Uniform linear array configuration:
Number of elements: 24
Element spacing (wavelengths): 0.5
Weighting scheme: hamming
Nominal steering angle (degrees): -15
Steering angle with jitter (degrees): -14.687
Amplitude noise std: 0.05
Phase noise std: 0.05

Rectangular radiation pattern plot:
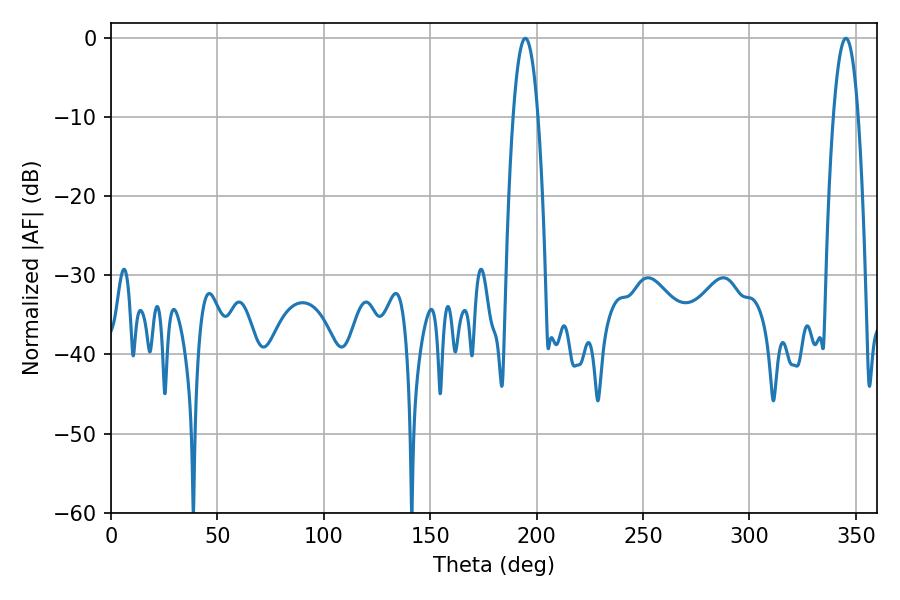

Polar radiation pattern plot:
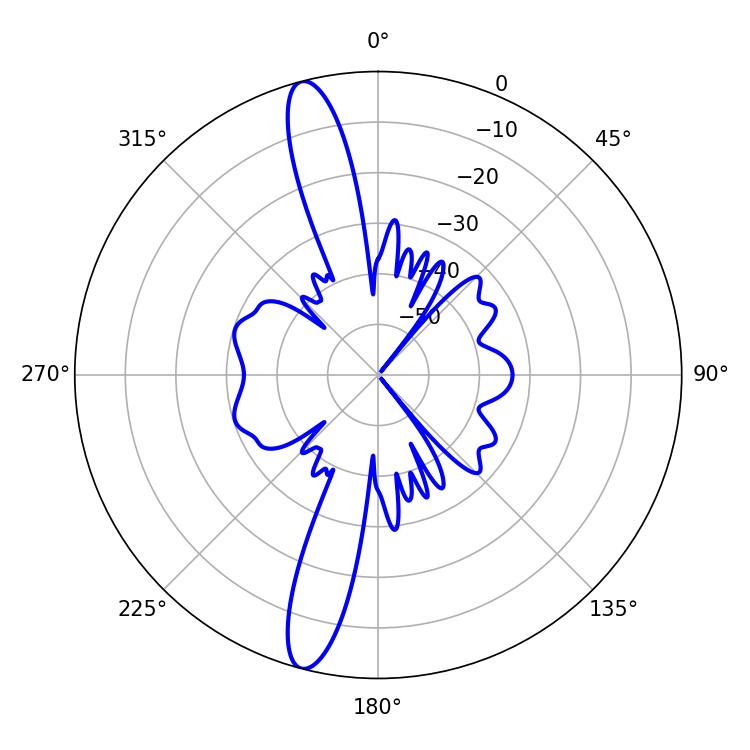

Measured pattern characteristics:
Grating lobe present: FALSE
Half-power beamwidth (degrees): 6.48
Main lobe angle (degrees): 194.76